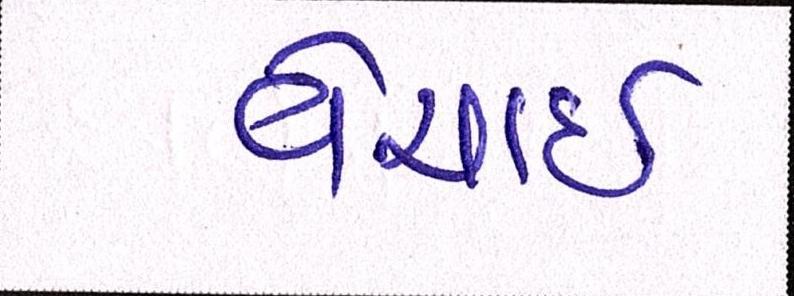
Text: વેચાઈ